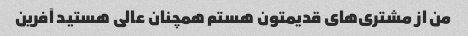
من از مشتری‌های قدیمتون هستم همچنان عالی هستید آفرین